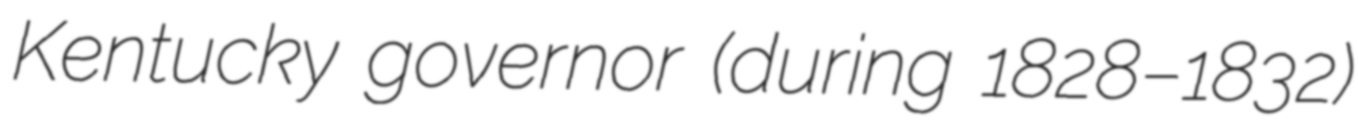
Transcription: Kentucky governor (during 1828–1832)